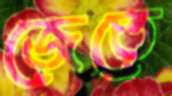
জেতে